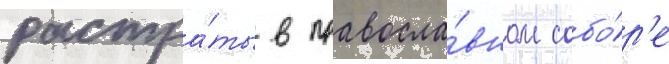
растра́ты в правосла́вном собо́р'е